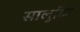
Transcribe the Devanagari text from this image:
सालुकि